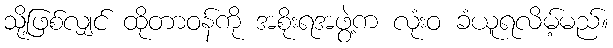
သို့ဖြစ်လျှင် ထိုတာဝန်ကို အစိုးရအဖွဲ့က လုံးဝ ခံယူရလိမ့်မည်။